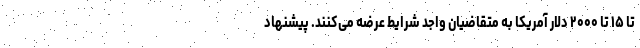
تا ۱۵ تا ۲۰۰۰ دلار آمریکا به متقاضیان واجد شرایط عرضه می‌کنند. پیشنهاد